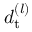
d _ { \mathrm { t } } ^ { ( l ) }